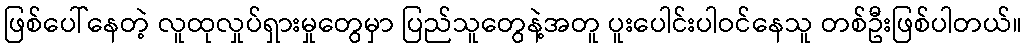
ဖြစ်ပေါ်နေတဲ့ လူထုလှုပ်ရှားမှုတွေမှာ ပြည်သူတွေနဲ့အတူ ပူးပေါင်းပါဝင်နေသူ တစ်ဦးဖြစ်ပါတယ်။